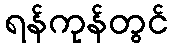
ရန်ကုန်တွင်